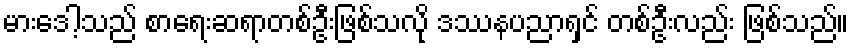
မားဒေါ့သည် စာရေးဆရာတစ်ဦးဖြစ်သလို ဒဿနပညာရှင် တစ်ဦးလည်း ဖြစ်သည်။